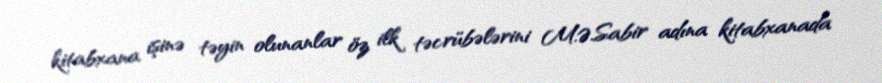
kitabxana işinə təyin olunanlar öz ilk təcrübələrini M.Ə.Sabir adına kitabxanada